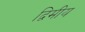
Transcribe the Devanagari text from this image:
द्विमीय